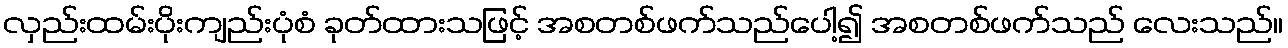
လှည်းထမ်းပိုးကျည်းပုံစံ ခုတ်ထားသဖြင့် အစတစ်ဖက်သည်ပေါ့၍ အစတစ်ဖက်သည် လေးသည်။